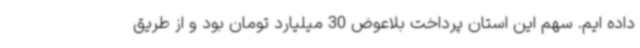
داده ایم. سهم این استان پرداخت بلاعوض 30 میلیارد تومان بود و از طریق